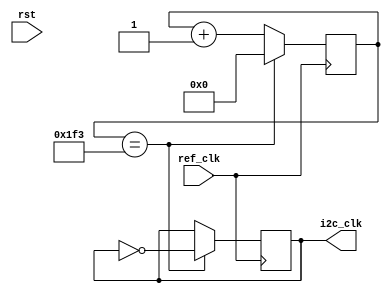
module i2c_clk_divider(rst,ref_clk,i2c_clk);
	input wire rst,ref_clk;
	output reg i2c_clk;
	
	reg[9:0] count = 0;
	parameter ref_clk_freq = 1000;
	
	initial i2c_clk = 0;
	
	always@(posedge ref_clk)
		//begin
			//if(rst == 1)begin
			//i2c_clk <= 0;
			//count <= 0;
			//end
			
			//else begin
				if(count == ((ref_clk_freq/2)-1))begin
				i2c_clk <= !i2c_clk;
				count <= 0;
				end
				
				else begin
				count <= count + 1;
				end
			//end
		//end
endmodule